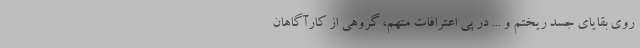
روی بقایای جسد ریختم و ... در پی اعترافات متهم، گروهی از کارآگاهان